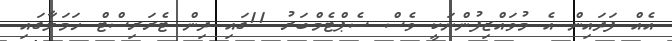
އެއް ފަދައިން އެ މުވައްޒިފުންނަކީ ވެސް ސެޕްޓެމްބަރު 11ގައި ދިން ޓެރަރިސްޓް ހަމަލާގައި